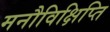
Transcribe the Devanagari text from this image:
मनौविक्षिप्ति